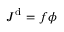
\boldsymbol { J } ^ { \mathrm { d } } = f { \phi }